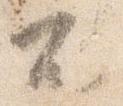
不